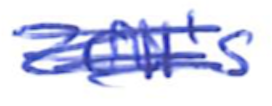
Text: 2011's
Cross-out: scratch
Writing tool: ballpoint